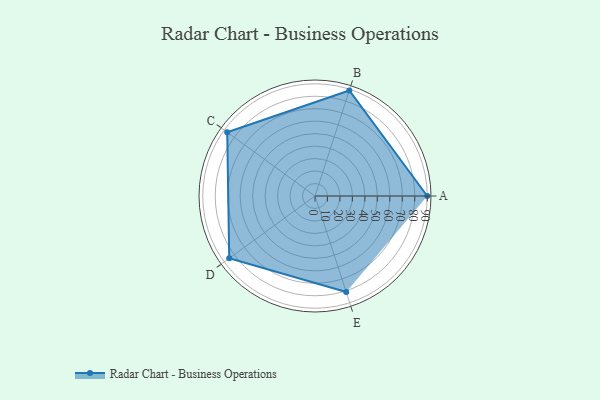
{"axis": {"x": "Skill", "y": "Score"}, "legend": ["Profile"], "data": [{"x": "A", "y": 90.0, "type": "Profile"}, {"x": "B", "y": 89.0, "type": "Profile"}, {"x": "C", "y": 87.0, "type": "Profile"}, {"x": "D", "y": 85.0, "type": "Profile"}, {"x": "E", "y": 81.0, "type": "Profile"}]}